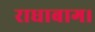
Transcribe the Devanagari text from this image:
राधाबाग।